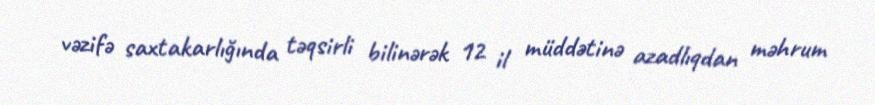
vəzifə saxtakarlığında təqsirli bilinərək 12 il müddətinə azadlıqdan məhrum